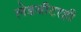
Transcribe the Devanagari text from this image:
लेडबीटरही